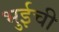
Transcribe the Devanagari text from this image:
भुईची